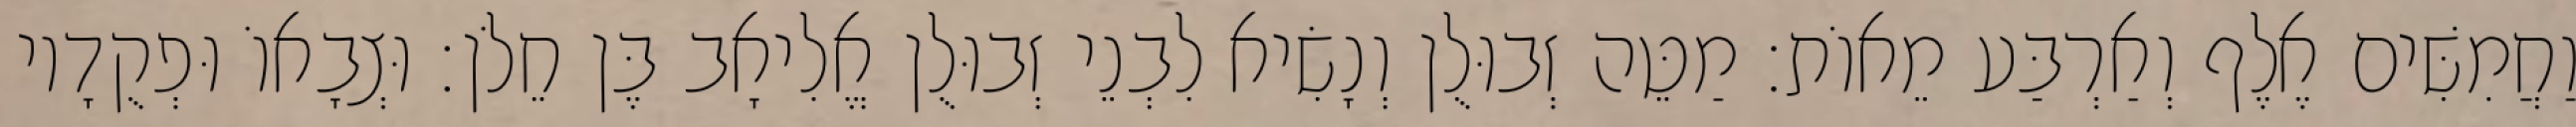
וַחֲמִשִּׁים אֶלֶף וְאַרְבַּע מֵאוֹת׃ מַטֵּה זְבוּלֻן וְנָשִׂיא לִבְנֵי זְבוּלֻן אֱלִיאָב בֶּן חֵלֹן׃ וּצְבָאוֹ וּפְקֻדָיו